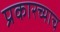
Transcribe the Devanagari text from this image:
प्रकारच्याच